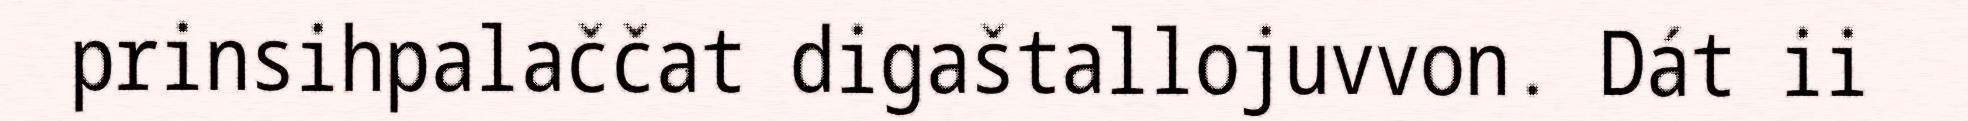
prinsihpalaččat digaštallojuvvon. Dát ii